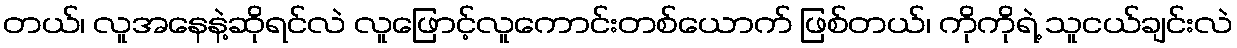
တယ်၊ လူအနေနဲ့ဆိုရင်လဲ လူဖြောင့်လူကောင်းတစ်ယောက် ဖြစ်တယ်၊ ကိုကိုရဲ့ သူငယ်ချင်းလဲ